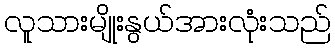
လူသားမျိုးနွယ်အားလုံးသည်